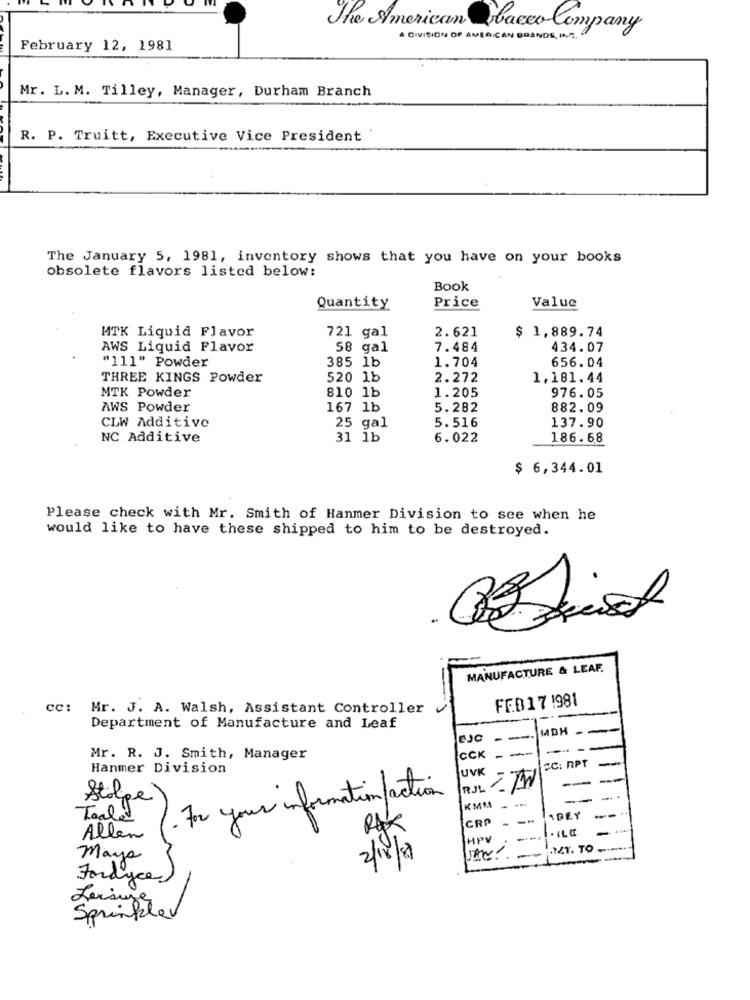
The American acco Company
A DIVISION OF AMERICAN BRANDS, IN ..
February 12, 1981
Mr. L. M. Tilley, Manager, Durham Branch
R. P. Truitt, Executive Vice President "
The January 5, 1981, inventory shows that you have on your books
obsolete flavors listed below:
Book
Price
Value
Quantity
MTK Liquid Flavor
721 gal
2.621
$ 1,889.74
AWS Liquid Flavor
58 gal
7.484
434.07
"111" Powder
385 1b
1.704
656.04
THREE KINGS Powder
520 1b
2.272
1,181.44
MTK Powder
810 1b
1.205
976.05
AWS Powder
167 1b
5.282
882.09
25 gal
5.516
137.90
CLW Additive
NC Additive
31 1b
6.022
186.68
$ 6,344.01
Please check with Mr. Smith of Hanmer Division to see when he
would like to have these shipped to him to be destroyed.
-
MANUFACTURE & LEAF.
FEB17 1981
cc: Mr. J. A. Walsh, Assistant Controller
Department of Manufacture and Leaf
MBH -
-
EJO
-
CCK - ---
--
Mr. R. J. Smith, Manager
CC: RPT
Hanmer Division
UVK
For your information /action
RJL /W
Stolpe
-
KMM-
Toale
CRP
- --
1DEY
--
Allen
HPV
.I.Y. TO
Mayo
2/18/8
Fordyce
Leisure
Sprinklev